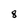
Character: 8